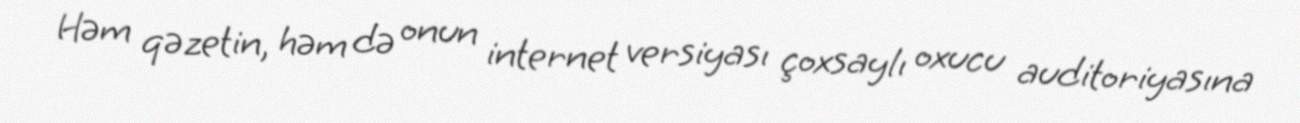
Həm qəzetin, həm də onun internet versiyası çoxsaylı oxucu auditoriyasına